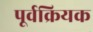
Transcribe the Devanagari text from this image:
पूर्वक्रियक